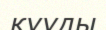
қууды